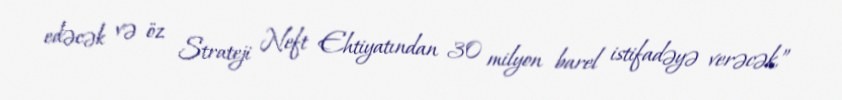
edəcək və öz Strateji Neft Ehtiyatından 30 milyon barel istifadəyə verəcək,”